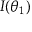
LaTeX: I ( \theta _ { 1 } )